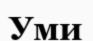
Уми